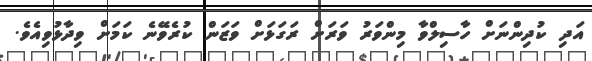
އަދި ކުދިންނަށް ހާސިލްވާ މިންވަރު ވަރަށް ރަގަޅަށް ވަޒަން ކުރެވޭނެ ކަމަށް ވިދާޅުވިއެވެ.